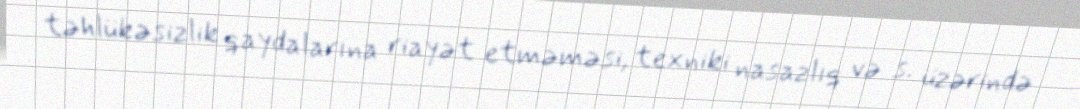
təhlükəsizlik qaydalarına riayət etməməsi, texniki nasazlıq və s. üzərində